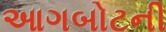
આગબોટની